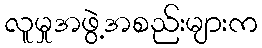
လူမှုအဖွဲ့အစည်းများက